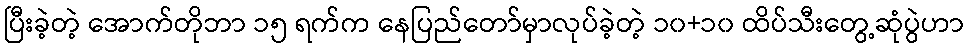
ပြီးခဲ့တဲ့ အောက်တိုဘာ ၁၅ ရက်က နေပြည်တော်မှာလုပ်ခဲ့တဲ့ ၁၀+၁၀ ထိပ်သီးတွေ့ဆုံပွဲဟာ